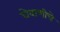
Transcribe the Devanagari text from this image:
घेवाणीचे